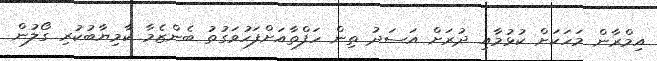
އިމްރާން މަހަކަށް ކުޅުމާއި ދުރަށް އަސަދު ތިން ހަފްތާއަށްފަހުވަގުތު ބެންޒެމާ ކާމިޔާބުކުރި ގޯލުން